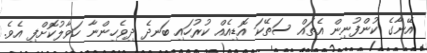
އޭނާގެ ކުންފުނިން އެތައް ސަތޭކަ އޮޑިއެއް ކުރުހައި ބަނދެ ދިވެހިންނާ ހަވާލުކޮށްފި އެވެ.